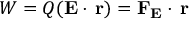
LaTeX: W = Q ( \mathbf { E } \cdot \, \mathbf { r } ) = \mathbf { F _ { E } } \cdot \, \mathbf { r }